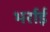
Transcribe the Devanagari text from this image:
भर्राई